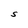
Character: S